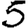
Digit: 5